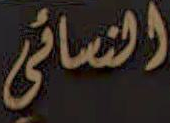
النسائي